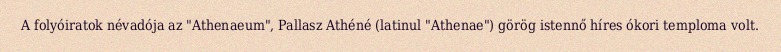
A folyóiratok névadója az "Athenaeum", Pallasz Athéné (latinul "Athenae") görög istennő híres ókori temploma volt.